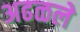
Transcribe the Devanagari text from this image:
अढळले